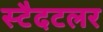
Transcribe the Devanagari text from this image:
स्टैदटलर